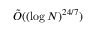
{ \tilde { O } } ( ( \log N ) ^ { 2 4 / 7 } )